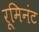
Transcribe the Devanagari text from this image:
रूमिनंट